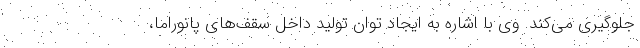
جلوگیری می‌کند. وی با اشاره به ایجاد توان تولید داخل سقف‌های پانوراما،